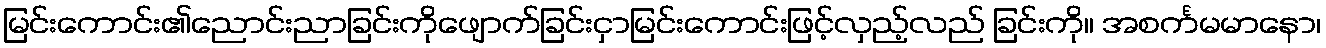
မြင်းကောင်း၏ညောင်းညာခြင်းကိုဖျောက်ခြင်းငှာမြင်းကောင်းဖြင့်လှည့်လည် ခြင်းကို။ အစင်္ကမမာနော၊